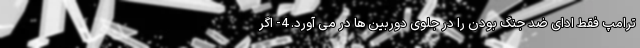
ترامپ فقط ادای ضد جنگ بودن را در جلوی دوربین ها در می آورد. 4- اگر